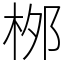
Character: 桞